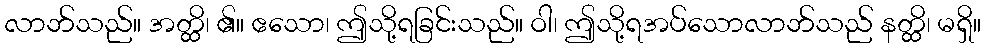
လာဘ်သည်။ အတ္ထိ၊ ၏။ ဧသော၊ ဤသို့ရခြင်းသည်။ ဝါ၊ ဤသို့ရအပ်သောလာဘ်သည် နတ္ထိ၊ မရှိ။